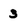
Character: 3